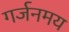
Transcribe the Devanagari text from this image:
गर्जनमय